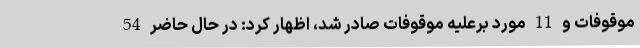
موقوفات و 11 مورد برعلیه موقوفات صادر شد، اظهار کرد: در حال حاضر 54